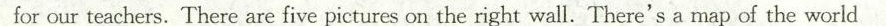
for our teachers. There are five pictures on the right wall. There's a map of the world